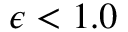
\epsilon < 1 . 0